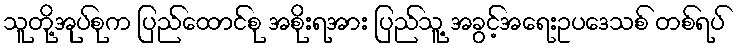
သူတို့အုပ်စုက ပြည်ထောင်စု အစိုးရအား ပြည်သူ့ အခွင့်အရေးဥပဒေသစ် တစ်ရပ်